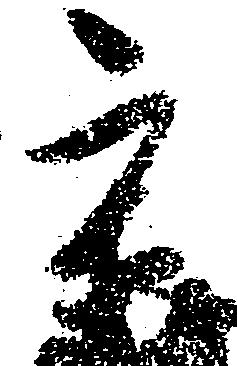
宋